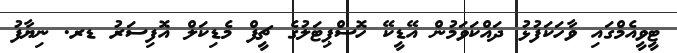
ޓީވީއެމްގައި ވާހަކަފުޅު ދައްކަވަމުން އޭޑީކޭ ހޮސްޕިޓަލުގެ ޗީފް މެޑިކަލް އޮފިސަރު ޑރ. ނިޔާފު